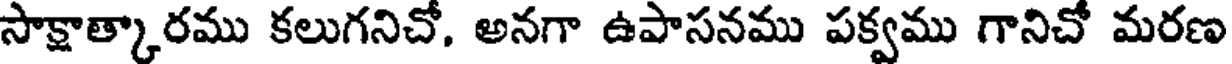
సాక్షాత్కారము కలుగనిచో, అనగా ఉపాసనము పక్వము గానిచో మరణ